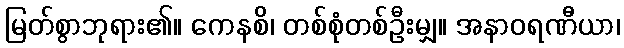
မြတ်စွာဘုရား၏။ ကေနစိ၊ တစ်စုံတစ်ဦးမျှ။ အနာဝရဏီယာ၊